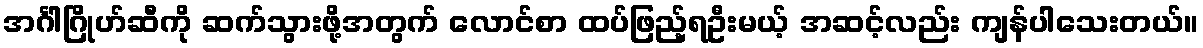
အင်္ဂါဂြိုဟ်ဆီကို ဆက်သွားဖို့အတွက် လောင်စာ ထပ်ဖြည့်ရဦးမယ့် အဆင့်လည်း ကျန်ပါသေးတယ်။